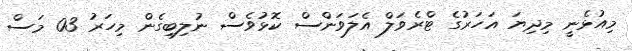
މިއުޅެނީ މިދިޔަ އަހަރުގެ ޓްރެވަލް އެލަވަންސް ކޮޅުވެސް ނުލިބިގެން މިހަރު 03 މަސް